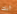
أنك